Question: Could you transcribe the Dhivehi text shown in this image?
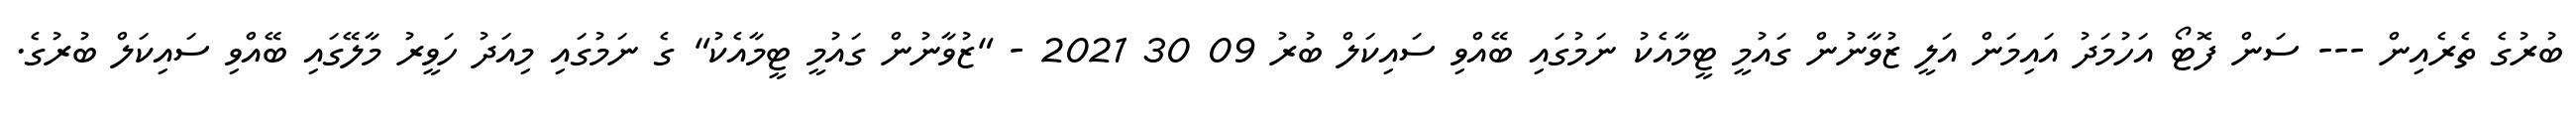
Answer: ބުރުގެ ތެރެއިން --- ސަން ފޮޓޯ އަހުމަދު އައިމަން އަލީ ޒުވާނުން ގައުމީ ޓީމާއެކު ނަމުގައި ބޭއްވި ސައިކަލް ބުރު 09 30 2021 - "ޒުވާނުން ގައުމީ ޓީމާއެކު" ގެ ނަމުގައި މިއަދު ހަވީރު މާލޭގައި ބޭއްވި ސައިކަލް ބުރުގެ.